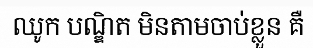
ឈូក បណ្ឌិត មិនតាមចាប់ខ្លួន គឺ